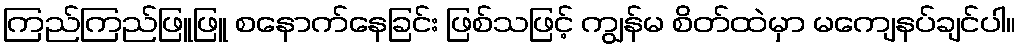
ကြည်ကြည်ဖြူဖြူ စနောက်နေခြင်း ဖြစ်သဖြင့် ကျွန်မ စိတ်ထဲမှာ မကျေနပ်ချင်ပါ။